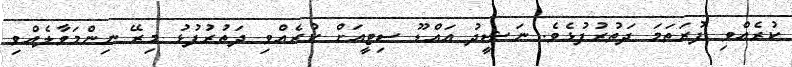
ކުރެއްވި ފުރަތަމަ ދަތުރުފުޅެވެ. ނަޝީދު އައްޑޫ ސިޓީއަށް ކުރެއްވި ދަތުރުފުޅު މިރޭ ނިންމަވާލެއްވި